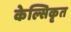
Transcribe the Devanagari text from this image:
केल्सिकृत